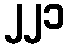
၂၂၁